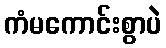
ကံမကောင်းစွာပဲ